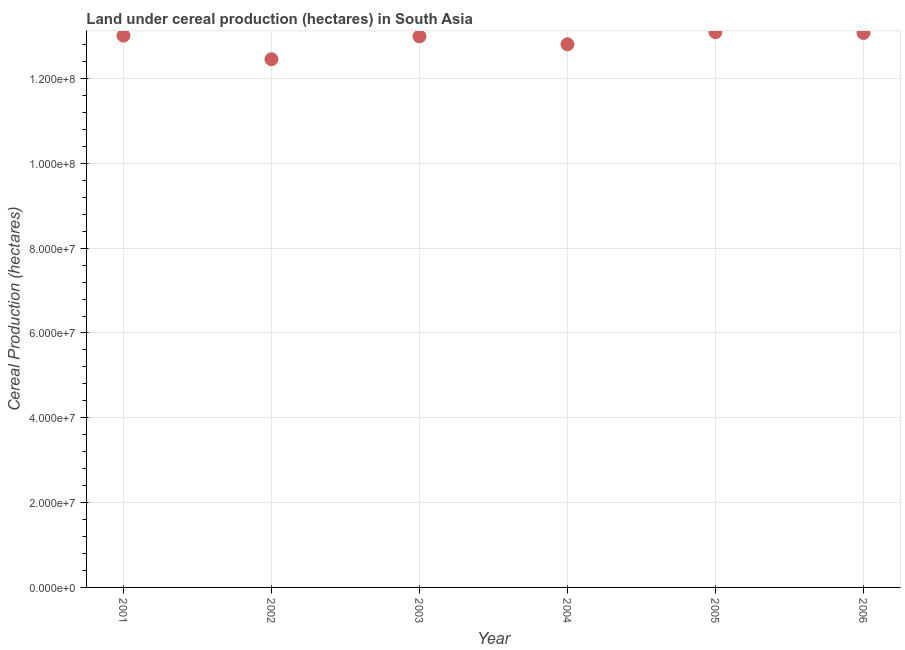
| Year | Land under cereal production (hectares) |
 | --- | --- |
 | 2001 | 1.3e+08 |
 | 2002 | 1.25e+08 |
 | 2003 | 1.3e+08 |
 | 2004 | 1.28e+08 |
 | 2005 | 1.31e+08 |
 | 2006 | 1.31e+08 |